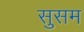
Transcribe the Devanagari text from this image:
सुसम